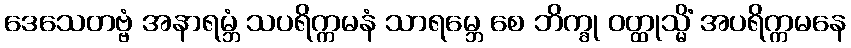
ဒေသေတဗ္ဗံ အနာရမ္ဘံ သပရိက္ကမနံ သာရမ္ဘေ စေ ဘိက္ခု ဝတ္ထုသ္မိံ အပရိက္ကမနေ